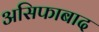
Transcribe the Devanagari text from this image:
असिफाबाद